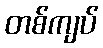
တစ်ကျပ်